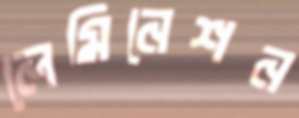
লেমিনেশন